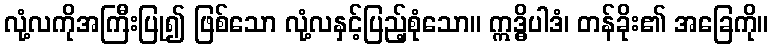
လုံ့လကိုအကြီးပြု၍ ဖြစ်သော လုံ့လနှင့်ပြည့်စုံသော။ ဣဒ္ဓိပါဒံ၊ တန်ခိုး၏ အခြေကို။